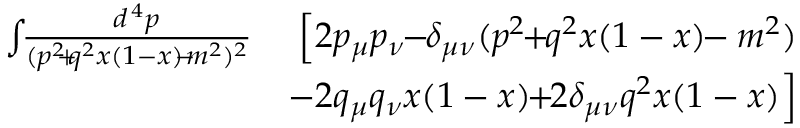
\begin{array} { r l r } { \int \! \! { \frac { d ^ { \, 4 } p } { ( p ^ { 2 } \! \! + \! \! q ^ { 2 } x ( 1 - x ) \! \! - \! \! m ^ { 2 } ) ^ { 2 } } } } & { } & { \! \! \! \! \! \! \! \Big [ 2 p _ { \mu } p _ { \nu } \! \! - \! \! \delta _ { \mu \nu } ( p ^ { 2 } \! \! + \! \! q ^ { 2 } x ( 1 - x ) \! \! - m ^ { 2 } ) } \\ & { } & { \! \! \! \! \! \! - 2 q _ { \mu } q _ { \nu } x ( 1 - x ) \! \! + \! \! 2 \delta _ { \mu \nu } q ^ { 2 } x ( 1 - x ) \Big ] } \end{array}